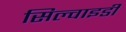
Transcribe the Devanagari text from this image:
सिल्वाइडी